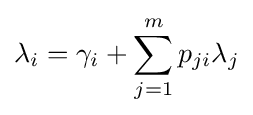
\lambda _{i}=\gamma _{i}+\sum _{j=1}^{m}p_{ji}\lambda _{j}